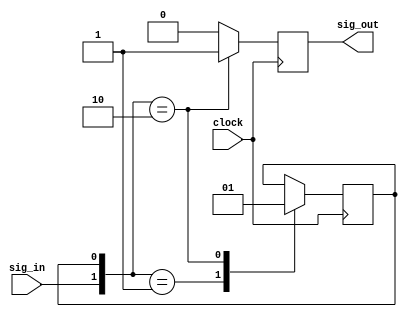
`timescale 1ns / 1ps
//////////////////////////////////////////////////////////////////////////////////
// Company: 
// Engineer: 
// 
// Design Name: 
// Module Name: singlePulser
// Project Name: 
// Target Devices: 
// Tool Versions: 
// Description: 
// 
// Dependencies: 
// 
// Revision:
// Revision 0.01 - File Created
// Additional Comments:
// 
//////////////////////////////////////////////////////////////////////////////////

module singlePulser(sig_out, sig_in, clock);
    output sig_out;
    input sig_in;
    input clock;
    
    reg sig_out;
    reg signaled;
    
    initial
    begin
        signaled = 0;
    end
    
    always @(posedge clock)
    begin
        sig_out = 0;
        case({sig_in, signaled})
            2'b01: signaled = 0;
            2'b10: 
                begin
                    signaled = 1;
                    sig_out = 1;
                end
        endcase
    end

endmodule